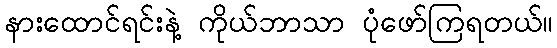
နားထောင်ရင်းနဲ့ ကိုယ်ဘာသာ ပုံဖော်ကြရတယ်။